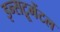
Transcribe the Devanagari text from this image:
इन्सट्रूमेंटल